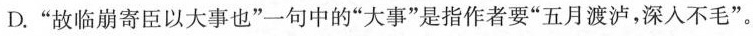
D.”故临崩寄臣以大事也”一句中的”大事”是指作者要”五月渡泸，深入不毛”。